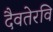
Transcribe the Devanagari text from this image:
दैवतेरवि